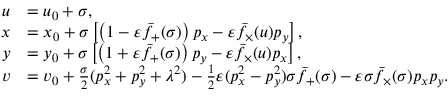
\begin{array} { r l } { u } & { = u _ { 0 } + \sigma , } \\ { x } & { = x _ { 0 } + \sigma \left[ \left( 1 - \varepsilon \bar { f } _ { + } ( \sigma ) \right) p _ { x } - \varepsilon \bar { f } _ { \times } ( u ) p _ { y } \right] , } \\ { y } & { = y _ { 0 } + \sigma \left[ \left( 1 + \varepsilon \bar { f } _ { + } ( \sigma ) \right) p _ { y } - \varepsilon \bar { f } _ { \times } ( u ) p _ { x } \right] , } \\ { v } & { = v _ { 0 } + \frac { \sigma } { 2 } ( p _ { x } ^ { 2 } + p _ { y } ^ { 2 } + \lambda ^ { 2 } ) - \frac { 1 } { 2 } \varepsilon ( p _ { x } ^ { 2 } - p _ { y } ^ { 2 } ) \sigma \bar { f } _ { + } ( \sigma ) - \varepsilon \sigma \bar { f } _ { \times } ( \sigma ) p _ { x } p _ { y } . } \end{array}